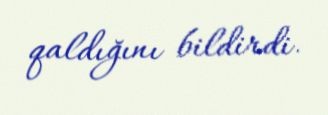
qaldığını bildirdi.